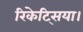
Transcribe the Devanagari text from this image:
रिकेट्सिया।